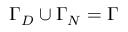
\Gamma _ { D } \cup \Gamma _ { N } = \Gamma